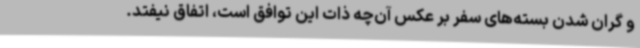
و گران شدن بسته‌های سفر بر عکس آن‌چه ذات این توافق است، اتفاق نیفتد.